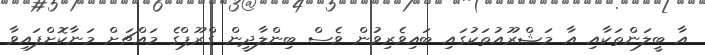
އާ ބީލަންތަކާއި އާ މަޝްރޫއުތަކުގައި ބައިވެރިވުން ވެސް ބިންލާދީން ގްރޫޕްގެ މައްޗަށް މަނާކޮށްފައިވާ